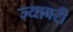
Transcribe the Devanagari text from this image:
ज्यावरी